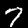
Label: 7